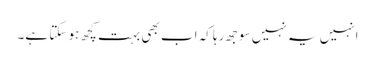
انہیں یہ نہیں سوجھ رہا کہ اب بھی بہت کچھ ہو سکتا ہے۔